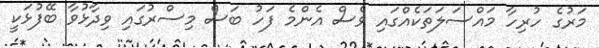
މަރުގެ ހުރިހާ މައްސަލަތަކެއްގައި ވެސް އެންމެ ފަހު ބަސް މިސްރުގައި ވިދާޅުވާ ބޭފުޅަކީ